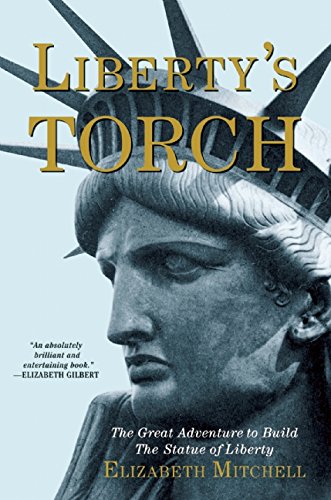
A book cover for Liberty's Torch: The Great Adventure to Build the Statue of Liberty; Elizabeth Mitchell; Arts & Photography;